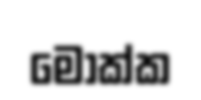
මොක්ක